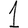
Digit: 1